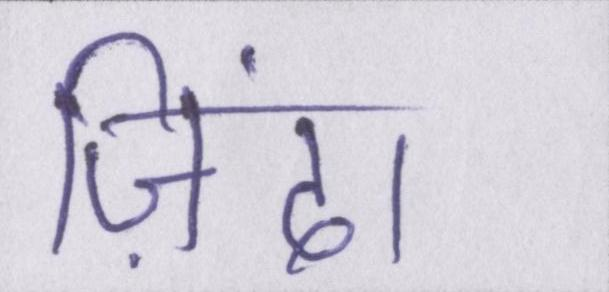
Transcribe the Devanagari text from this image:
ज़िंदा